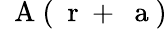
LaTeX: \mathrm{~\mathbf~A~}(\mathrm{~\mathbf~r~}+{\mathrm{~\mathbf~a~}})